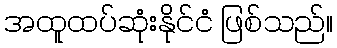
အထူထပ်ဆုံးနိုင်ငံ ဖြစ်သည်။